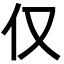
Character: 仅